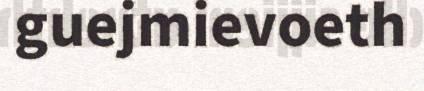
guejmievoeth